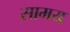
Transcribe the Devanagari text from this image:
सामय